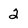
Character: 2